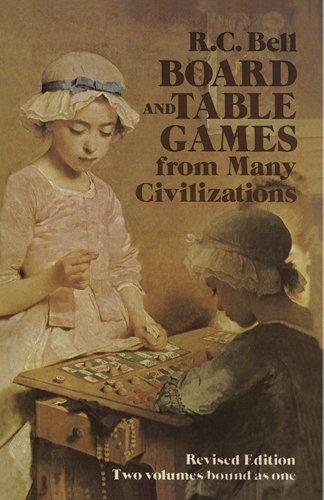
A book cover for Board and Table Games from Many Civilizations; R. C. Bell; Humor & Entertainment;